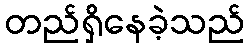
တည်ရှိနေခဲ့သည်